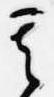
其